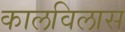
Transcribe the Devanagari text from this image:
कालविलास